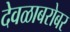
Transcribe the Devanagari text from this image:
देवळाबरोबर